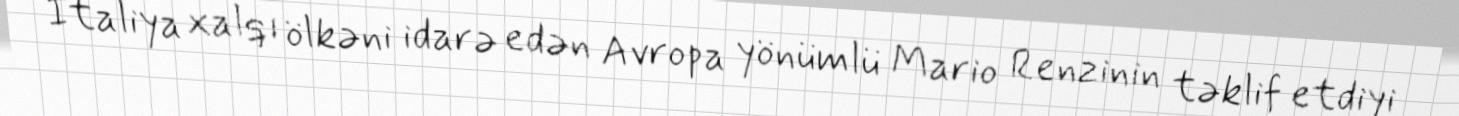
İtaliya xalqı ölkəni idarə edən Avropa yönümlü Mario Renzinin təklif etdiyi